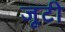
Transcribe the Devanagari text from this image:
जूटी